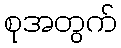
စုအတွက်